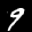
Digit: 6